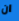
ان